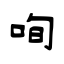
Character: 咰